Subject: physics
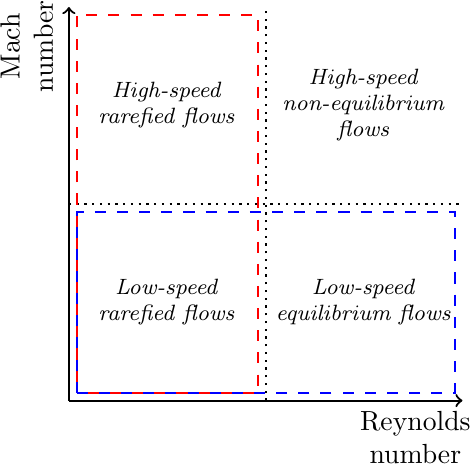
LaTeX code:
\begin{tikzpicture}[scale=1]
\draw[->, black, thick] (0,0) -- (5,0);
\draw[->, black, thick] (0,0) -- (0,5);
\node[text=black] at (4.4,-0.5) { \begin{tabular}{c} Reynolds \\  number \end{tabular}};
\node[text=black, rotate=90] at (-0.5, 4.5) {\begin{tabular}{c} Mach \\ number \end{tabular}};

\draw[-, black, dotted, thick] (0,2.5) -- (5, 2.5);
\draw[-, black, dotted, thick] (2.5, 0) -- (2.5, 5);
\node[text=black] at (3.75, 1.25) { \footnotesize \begin{tabular}{c} \textit{Low-speed} \\  \textit{equilibrium flows} \end{tabular}};
\node[text=black] at (3.75, 3.75) { \footnotesize  \begin{tabular}{c} \textit{High-speed} \\  \textit{non-equilibrium} \\ \textit{flows} \end{tabular}};
\node[text=black] at (1.25, 3.75) { \footnotesize  \begin{tabular}{c} \textit{High-speed} \\  \textit{rarefied flows} \end{tabular}};
\node[text=black] at (1.25, 1.25) { \footnotesize  \begin{tabular}{c} \textit{Low-speed} \\  \textit{rarefied flows} \end{tabular}};

\draw[red, dashed, thick, dash pattern=on 4pt off 4pt,dash phase=4pt] (0.1, 0.1) -- (0.1, 4.9) -- (2.4, 4.9) -- (2.4, .1) -- (0.1, 0.1) ;
\draw[blue, dashed, thick, dash pattern=on 4pt off 4pt,dash phase=0pt] (0.1, 0.1) -- (0.1, 2.4) -- (4.9, 2.4) -- (4.9, 0.1) -- (0.1, 0.1) ;

\end{tikzpicture}